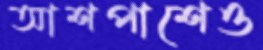
আশপাশেও